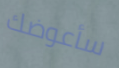
سأعوضك